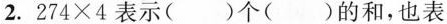
2. 274\times4表示()个()的和，也表